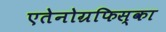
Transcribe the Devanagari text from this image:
एतेनोग्रफिस्का